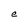
Character: e